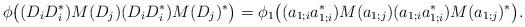
LaTeX: \begin{align*}\phi\big((D_iD_i^*)M(D_j)(D_iD_i^*)M(D_j)^*\big)=\phi_1\big((a_{1;i}a_{1;i}^*)M(a_{1;j})(a_{1;i}a_{1;i}^*)M(a_{1;j})^*\big).\end{align*}